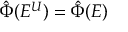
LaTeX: \hat { \Phi } ( E ^ { U } ) = \hat { \Phi } ( E )